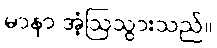
မာနာ အံ့ဩသွားသည်။